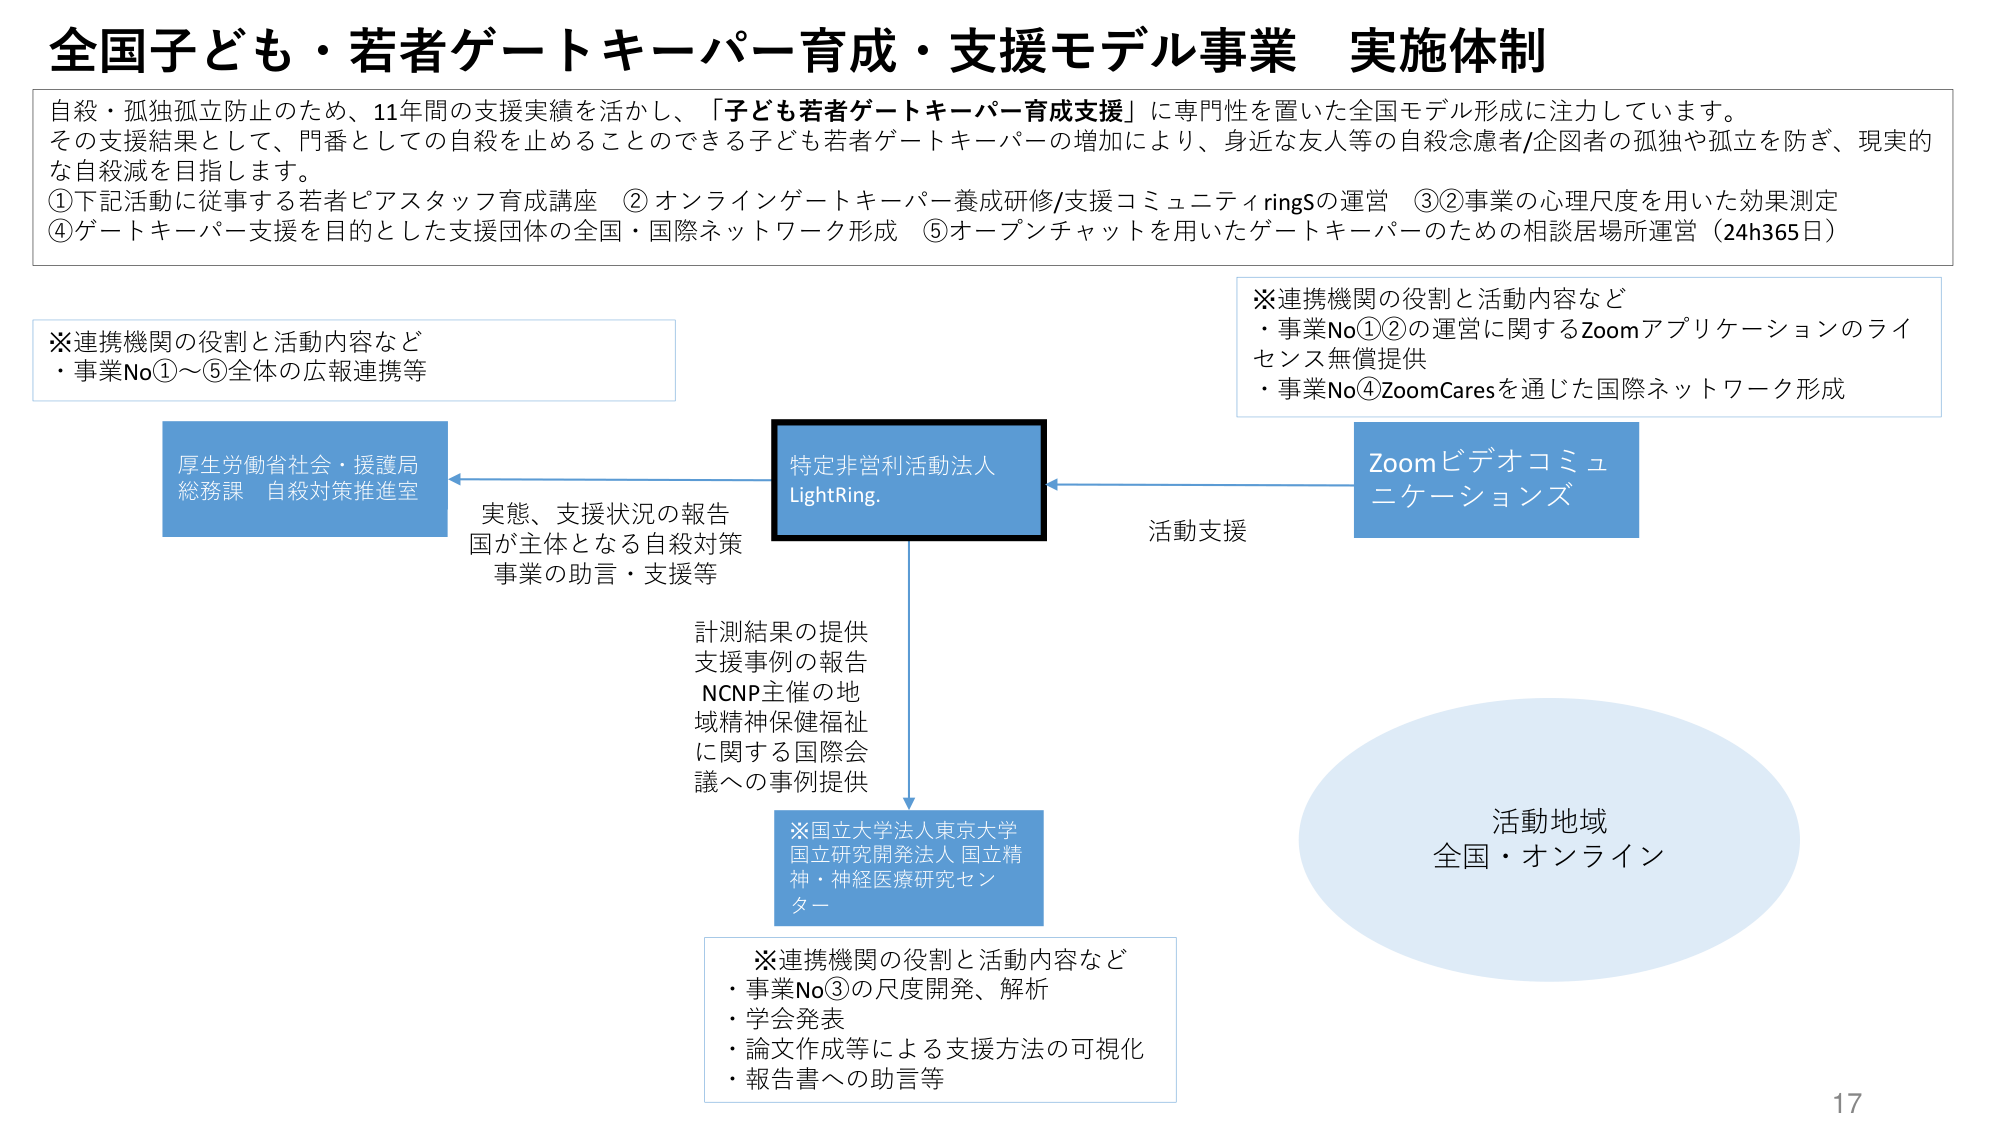
全国子ども・若者ゲートキーパー育成・支援モデル事業 実施体制

自殺・孤独孤立防止のため、11年間の支援実績を活かし、「子ども若者ゲートキーパー育成支援」に専門性を置いた全国モデル形成に注力しています。
その支援結果として、門番としての自殺を止めることのできる子ども若者ゲートキーパーの増加により、身近な友人等の自殺念慮者/企図者の孤独や孤立を防ぎ、現実的な自殺減を目指します。
①下記活動に従事する若者ピアスタッフ育成講座 ②オンラインゲートキーパー養成研修/支援コミュニティringSの運営 ③②事業の心理尺度を用いた効果測定
④ゲートキーパー支援を目的とした支援団体の全国・国際ネットワーク形成 ⑤オープンチャットを用いたゲートキーパーのための相談居場所運営（24h365日）

※連携機関の役割と活動内容など
・事業No①～⑤全体の広報連携等

厚生労働省社会・援護局
総務課 自殺対策推進室

特定非営利活動法人
LightRing.

実態、支援状況の報告
国が主体となる自殺対策
事業の助言・支援等

活動支援

Zoomビデオコミュニケーションズ

※連携機関の役割と活動内容など
・事業No①②の運営に関するZoomアプリケーションのライセンス無償提供
・事業No④ZoomCaresを通じた国際ネットワーク形成

計測結果の提供
支援事例の報告
NCNP主催の地域精神保健福祉に関する国際会議への事例提供

※国立大学法人東京大学
国立研究開発法人 国立精神・神経医療研究センター

※連携機関の役割と活動内容など
・事業No③の尺度開発、解析
・学会発表
・論文作成等による支援方法の可視化
・報告書への助言等

活動地域
全国・オンライン

17